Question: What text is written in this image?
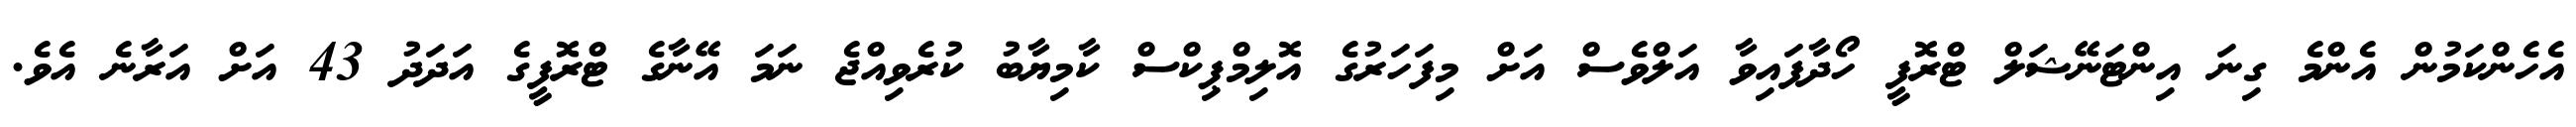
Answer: އެހެންކަމުން އެންމެ ގިނަ އިންޓަނޭޝަލް ޓްރޮފީ ހޯދާފައިވާ އަލްވެސް އަށް މިފަހަރުގެ އޮލިމްޕިކްސް ކާމިޔާބު ކުރެވިއްޖެ ނަމަ އޭނާގެ ޓްރޮފީގެ އަދަދު 43 އަށް އަރާނެ އެވެ.